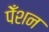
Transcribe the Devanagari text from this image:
पेँशन